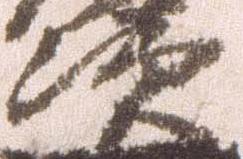
次